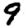
Digit: 9